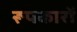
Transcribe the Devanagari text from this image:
रूपकारों